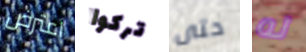
اعترض تركوا حتى له